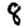
Digit: 8